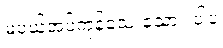
မပယ်အပ်ကုန်သေးသော။ ပါပ